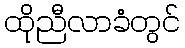
ထိုညီလာခံတွင်